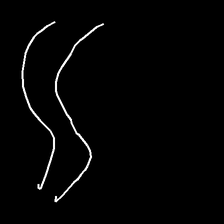
Glyph: float